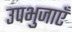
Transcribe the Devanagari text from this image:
उपभुजाएँ